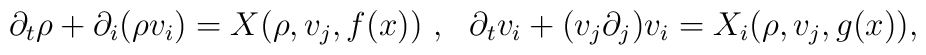
\partial _t \rho +\partial _i(\rho v_i)=X(\rho ,v_j, f(x))~,~~\partial _t v_i+(v_j\partial _j)v_i=X_i(\rho ,v_j, g(x)),